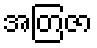
အတြဇာ